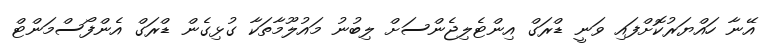
އޭނާ ހައްޔަރުކޮށްފައި ވަނީ ޑްރަގް އިންޓެލިޖެންސަށް ލިބުނު މައުލޫމާތަކާ ގުޅިގެން ޑްރަގް އެންފޯސްމަންޓް